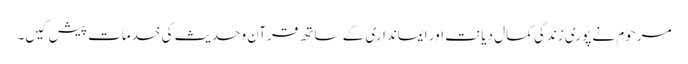
مرحوم نے پوری زندگی کمال دیانت اور ایمانداری کے ساتھ قرآن وحدیث کی خدمات پیش کیں۔